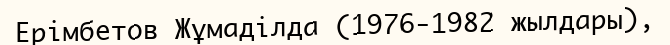
Ерімбетов Жұмаділда (1976-1982 жылдары),